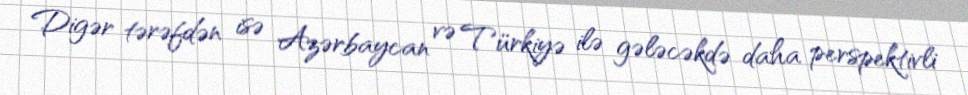
Digər tərəfdən isə Azərbaycan və Türkiyə ilə gələcəkdə daha perspektivli